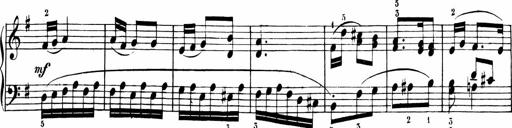
Title: 6 Liedersonatinen
Composer: Carl Reinecke